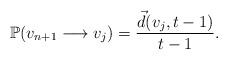
LaTeX: \begin{align*}\mathbb{P}(v_{n+1} \longrightarrow v_j) = \frac{\vec d(v_j,t-1)}{t-1} .\end{align*}